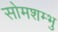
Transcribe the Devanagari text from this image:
सोमशम्भु